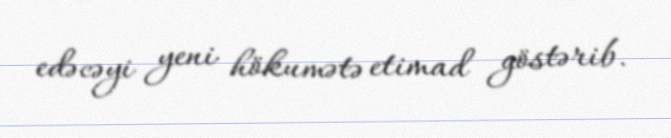
edəcəyi yeni hökumətə etimad göstərib.